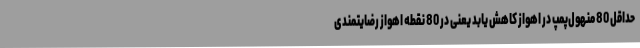
حداقل 80 منهول‌پمپ در اهواز کاهش یابد یعنی در 80 نقطه اهواز رضایتمندی